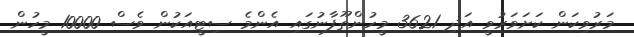
މަރުވިކަން ކަށަވަރުވީ އަދި 3621 މީހުންތޫފާނުގައި އެންމެ ސިޓީއަކުން ވެސް 10000 މީހުން